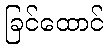
ခြင်ထောင်